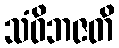
သံဝိဘဇတိ